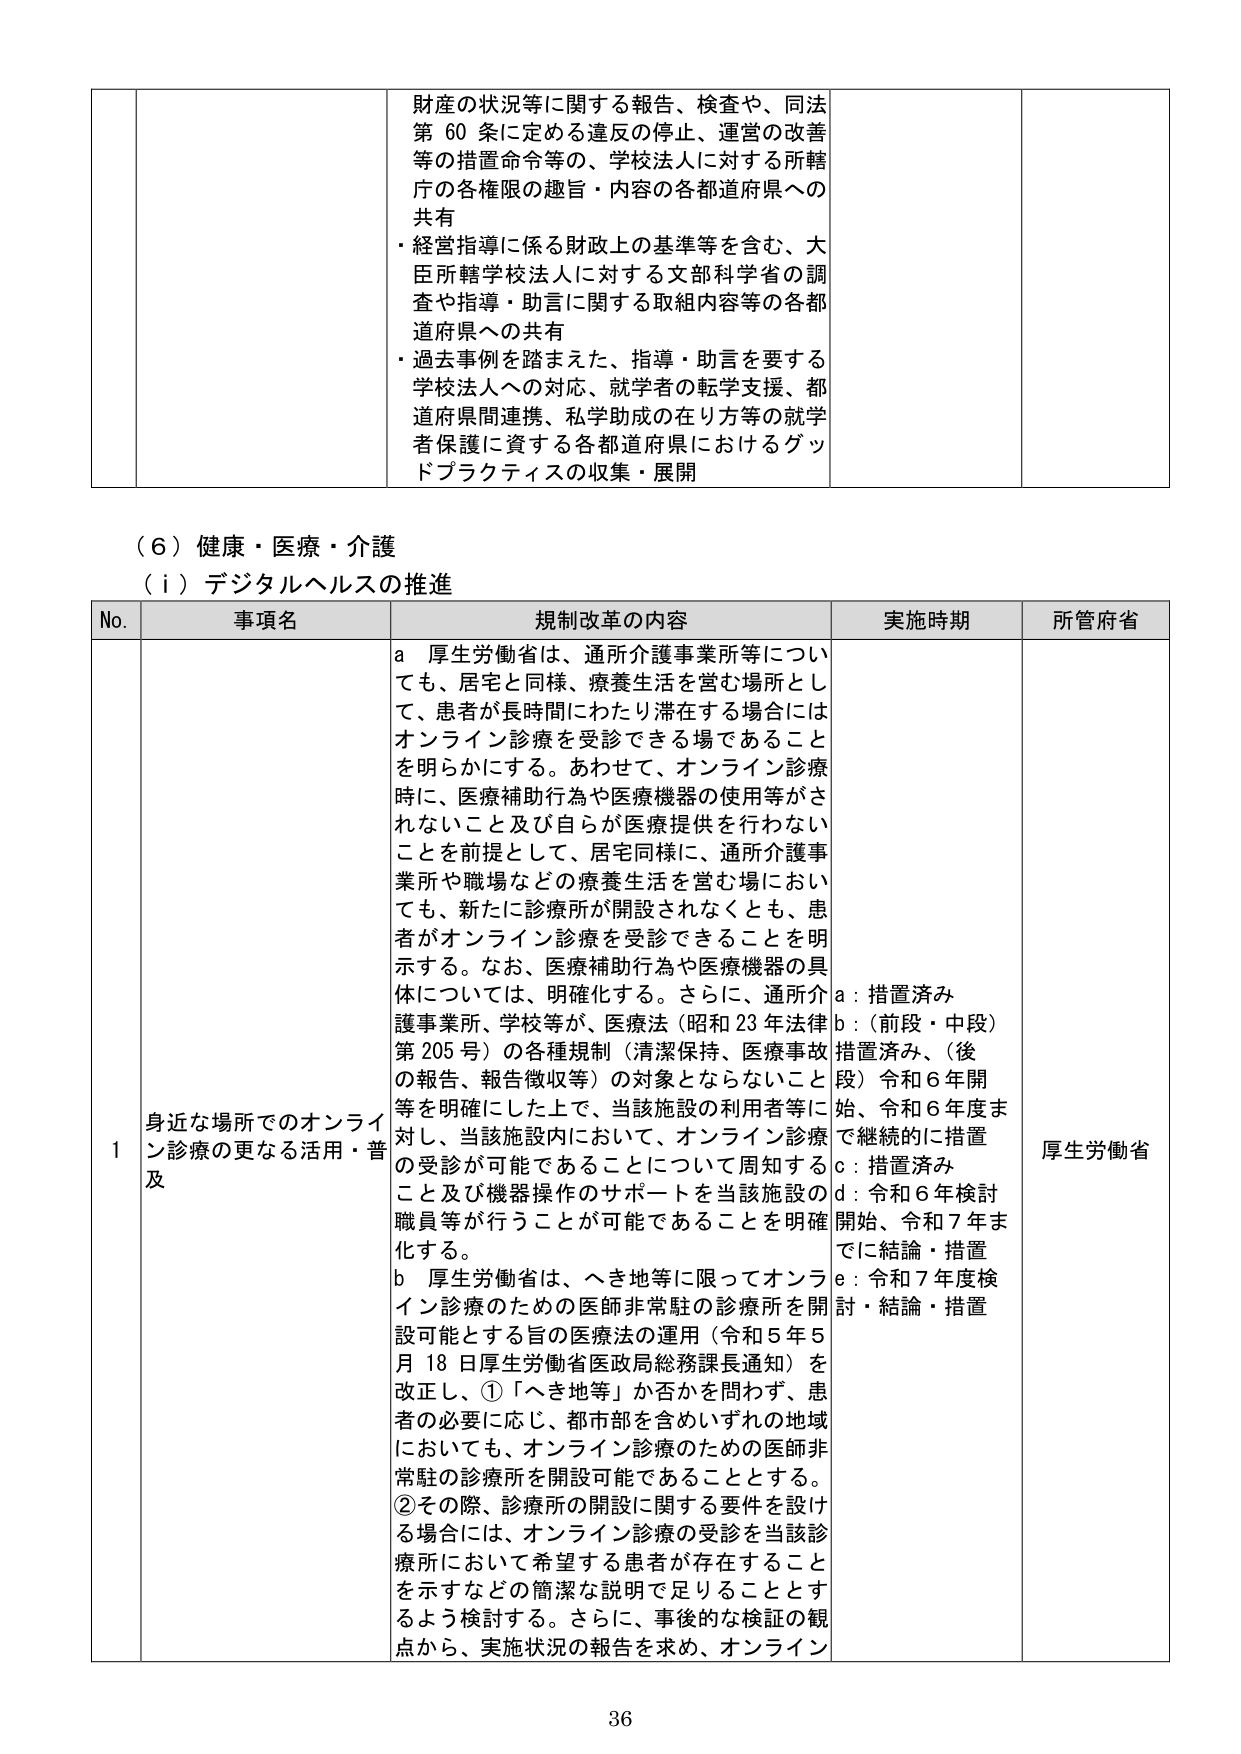
財産の状況等に関する報告、検査や、同法第60条に定める違反の停止、運営の改善等の措置命令等の、学校法人に対する所轄庁の各権限の趣旨・内容の各都道府県への共有
・経営指導に係る財政上の基準等を含む、大臣所轄学校法人に対する文部科学省の調査や指導・助言に関する取組内容等の各都道府県への共有
・過去事例を踏まえた、指導・助言を要する学校法人への対応、就学者の転学支援、都道府県間連携、私学助成の在り方等の就学者保護に資する各都道府県におけるグッドプラクティスの収集・展開

（６）健康・医療・介護
（ｉ）デジタルヘルスの推進

No. 事項名 規制改革の内容 実施時期 所管府省
1 身近な場所でのオンライン診療の更なる活用・普及
a 厚生労働省は、通所介護事業所等についても、居宅と同様、療養生活を営む場所として、患者が長時間にわたり滞在する場合にはオンライン診療を受診できる場であること を明らかにする。あわせて、オンライン診療時に、医療補助行為や医療機器の使用等がされないこと及び自らが医療提供を行わないことを前提として、居宅同様に、通所介護事業所や職場などの療養生活を営む場においても、新たに診療所が開設されなくとも、患者がオンライン診療を受診できることを明示する。なお、医療補助行為や医療機器の具体については、明確化する。さらに、通所介護事業所、学校等が、医療法（昭和23年法律第205号）の各種規制（清潔保持、医療事故の報告、報告徴収等）の対象とならないこと等を明確にした上で、当該施設の利用者等に対し、当該施設内において、オンライン診療の受診が可能であることについて周知すること及び機器操作のサポートを当該施設の職員等が行うことが可能であることを明確化する。
b 厚生労働省は、へき地等に限ってオンライン診療のための医師非常駐の診療所を開設可能とする旨の医療法の運用（令和5年5月18日厚生労働省医政局総務課長通知）を改正し、①「へき地等」か否かを問わず、患者の必要に応じ、都市部を含めいずれの地域においても、オンライン診療のための医師非常駐の診療所を開設可能であることとする。②その際、診療所の開設に関する要件を設ける場合には、オンライン診療の受診を当該診療所において希望する患者が存在することを示すなどの簡潔な説明で足りることとするよう検討する。さらに、事後的な検証の観点から、実施状況の報告を求め、オンライン
a：措置済み
b：（前段・中段）措置済み、（後段）令和6年開始、令和6年度まで継続的に措置
c：措置済み
d：令和6年検討開始、令和7年までに結論・措置
e：令和7年度検討・結論・措置
厚生労働省

36